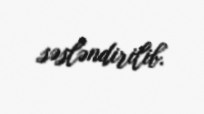
səsləndirilib.